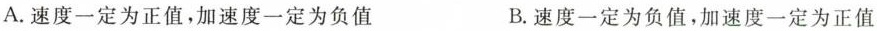
A.速度一定为正值，加速度一定为负值 B.速度一定为负值，加速度一定为正值